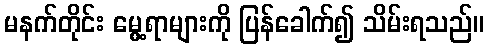
မနက်တိုင်း မွေ့ရာများကို ပြန်ခေါက်၍ သိမ်းရသည်။